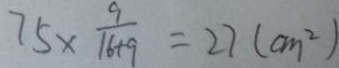
7 5 \times \frac { 9 } { 1 6 + 9 } = 2 7 ( c m ^ { 2 } )